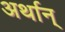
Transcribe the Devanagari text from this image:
अर्थान्